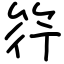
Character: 筕